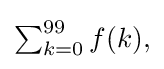
{\textstyle \sum _{k=0}^{99}f(k),}